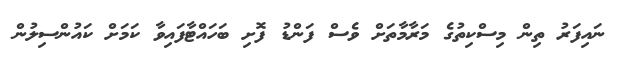
ނައިފަރު ތިން މިސްކިތުގެ މަރާމާތަށް ވެސް ފަންޑު ފޮށި ބަހައްޓާފައިވާ ކަމަށް ކައުންސިލުން